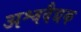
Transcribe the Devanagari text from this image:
अश्ववैद्यक